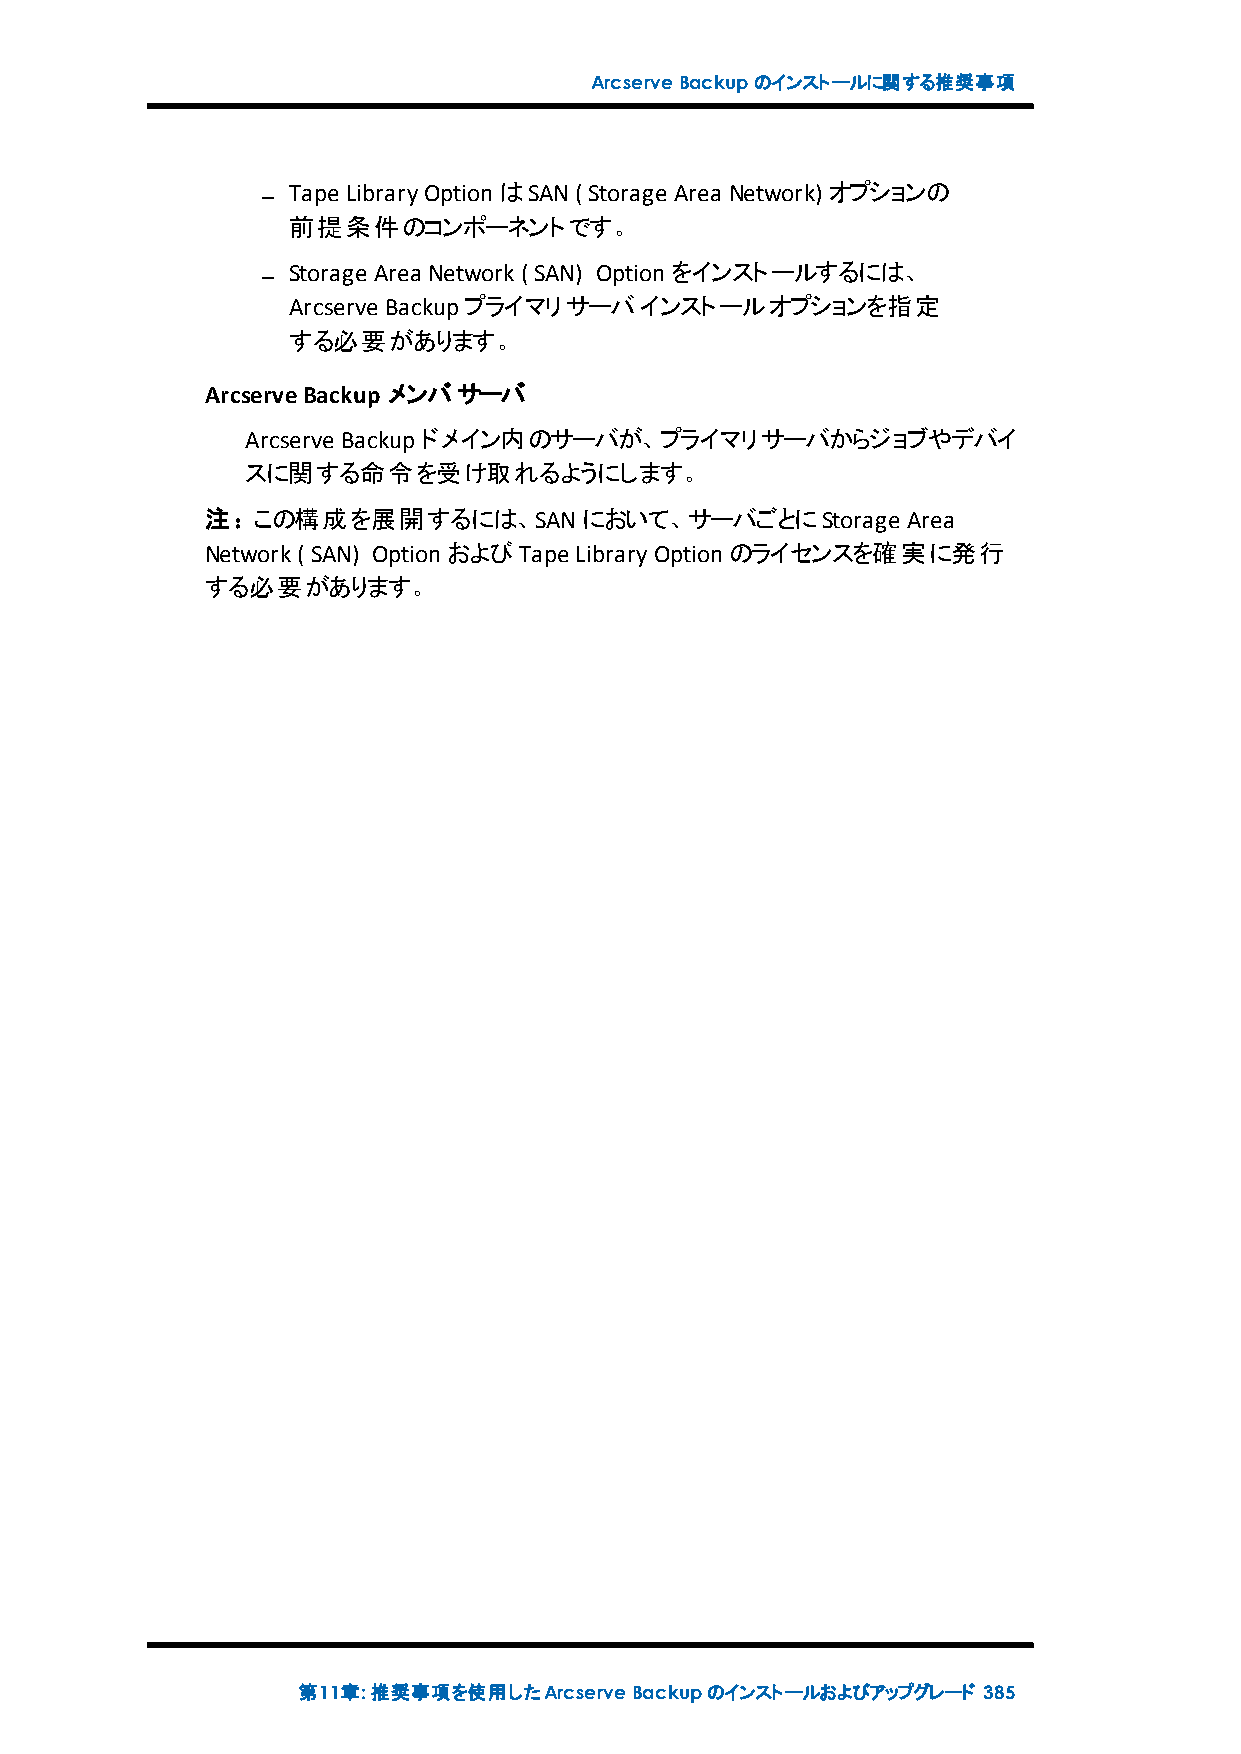
ArcserveBackupのインストールに関する推奨事項
 Tape LibraryOptionはSAN( Storage Area Network) オプションの
 前提条件のコンポーネントです。
 Storage Area Network( SAN) Optionをインストールするには、
 Arcserve Backupプライマリサーバインストールオプションを指定
 する必要があります。
 ArcserveBackup メンバサーバ
 Arcserve Backupドメイン内のサーバが、プライマリサーバからジョブやデバイ
 スに関する命令を受け取れるようにします。
 注：この構成を展開するには、SANにおいて、サーバごとにStorage           Area
 Network( SAN) OptionおよびTape LibraryOptionのライセンスを確実に発行
 する必要があります。
 第11章:推奨事項を使用したArcserveBackupのインストールおよびアップグレード 385